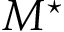
M ^ { \star }